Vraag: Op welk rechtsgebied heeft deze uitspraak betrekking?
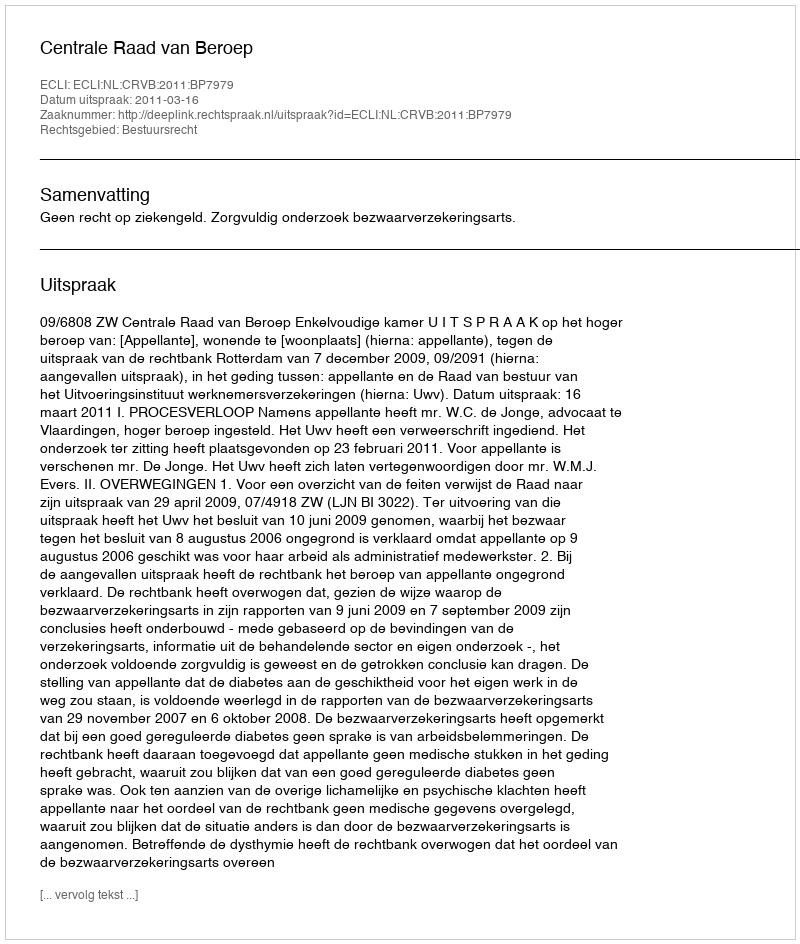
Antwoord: Bestuursrecht